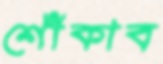
শোঁকাব